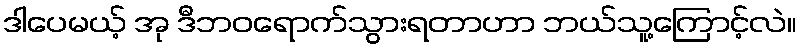
ဒါပေမယ့် အု ဒီဘဝရောက်သွားရတာဟာ ဘယ်သူ့ကြောင့်လဲ။